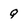
Character: q